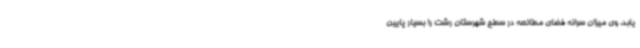
یابد. وی میزان سرانه فضای مطالعه در سطح شهرستان رشت را بسیار پایین